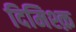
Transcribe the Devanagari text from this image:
दिमिश्क़